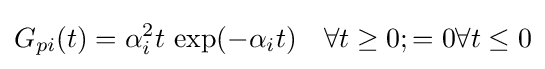
G_{pi}(t)=\alpha _{i}^{2}t\,\exp(-\alpha _{i}t)\quad \forall t\geq 0;=0\forall t\leq 0